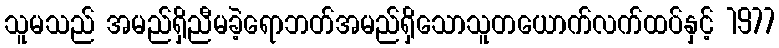
သူမသည် အမည်ရှိညီမခဲ့ရောဘတ်အမည်ရှိသောသူတယောက်လက်ထပ်နှင့် 1977